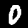
Digit: 0